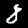
Digit: 8